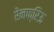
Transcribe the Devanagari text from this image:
रेनफ्रिऊ